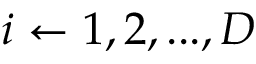
i \gets 1 , 2 , . . . , D